Civil Veterinary Department Bihar reports 1936-40 - 1936-1940
Year: 1936
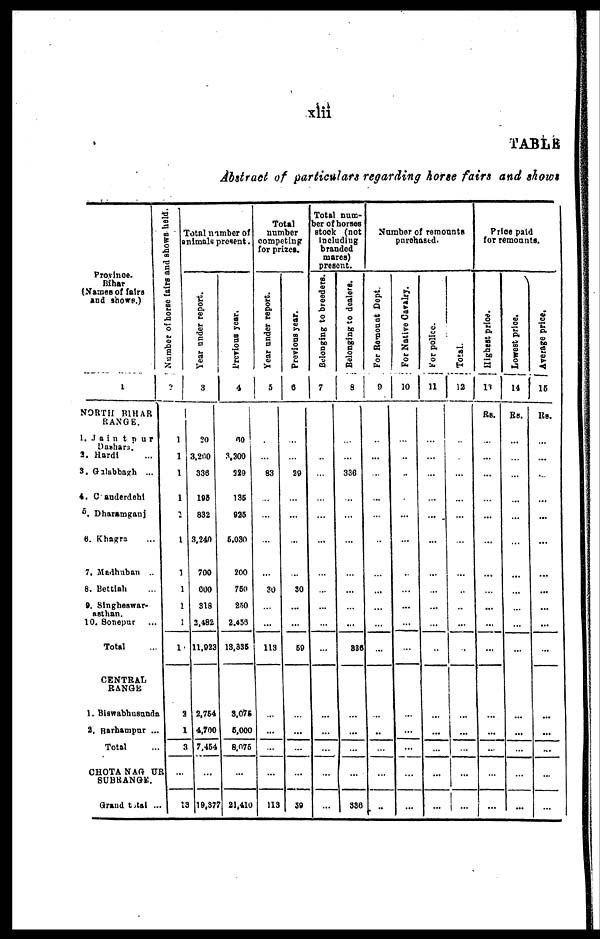
xlii
TABLE
Abstract of particulars regarding horse fairs and shows
Province.
Bihar
(Names of fairs
and shows.)
1
NORTH BIHAR
RANGE.
1. Jaintpur
Dashara.
2. Hardi ...
3. Gilabbagh ...
4. Canderdehj
5. Dharamganj
6. Khagra ...
7. Madhuban ..
8. Bettiah ..
9. Singheswar-
asthan.
10. Sonepur ...
Total ...
CENTRAL
RANGE
1. Biswabhusunda
2. Rarhampur ...
Total ...
CHOTA NAGPUR
SUBRANGE.
Grand total ..
Number of horse fairs and shows held.
2
1
1
1
1
2
1
1
1
1
1
1
2
1
3
...
13
Total number of
animals present.
Year under report.
3
20
3,200
336
165
832
3,240
700
600
318
2,482
11,923
2,764
4,700
7,454
...
19,37
Previous year.
4
60
3,300
329
136
925
5,030
200
750
250
2,453
13,335
3,075
5,000
8,075
...
7 21,410
Total
number
competing
for prizes.
Year under report.
5
...
...
83
...
...
...
...
30
...
...
113
...
...
...
...
113
Previous year.
6
...
...
29
...
...
...
...
30
...
...
59
...
...
...
...
59
Total num-
ber of horses
8took (not
including
branded
mares)
present.
Belonging to breeders.
7
...
...
...
...
...
...
...
...
...
...
...
...
...
...
...
...
Belonging to dealers.
8
...
...
336
...
...
...
...
...
...
...
836
...
...
...
...
336
Number of remounts
purchased.
For Remount Dept.
9
...
...
...
...
...
...
...
...
...
...
...
...
...
...
...
...
For Native Cavalry.
10
...
...
...
...
...
...
..
...
...
...
...
...
...
...
...
...
For police.
11
...
...
...
...
...
...
...
...
...
...
...
...
...
...
...
...
Total.
12
...
...
...
...
...
...
...
...
...
...
...
...
...
...
...
...
Price paid
for remounts.
Highest price.
13
Rs.
...
...
...
...
...
...
...
...
...
...
...
...
...
...
...
...
Lowest price.
14
Rs.
...
...
...
...
...
...
...
...
...
...
...
...
...
...
...
...
Average price,
15
Rs.
...
...
...
...
...
...
...
...
...
...
...
...
...
...
...
...